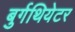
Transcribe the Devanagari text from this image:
बुर्गथियेटर